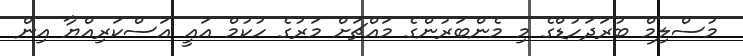
މުސްލިމް ބުރަދަހުޑްގެ މި މެންބަރުންގެ މައްޗަށް މަރުގެ ހުކުމް އައީ އަސްކަރިއްޔާ އިން